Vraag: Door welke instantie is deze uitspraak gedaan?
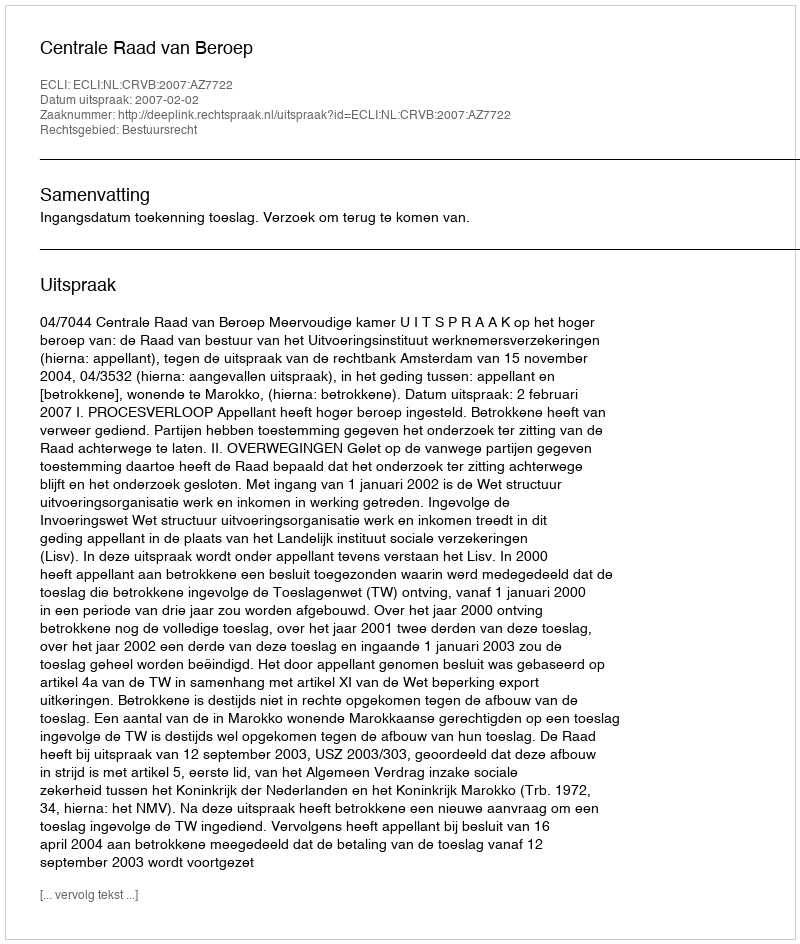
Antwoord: Centrale Raad van Beroep